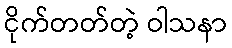
ငိုက်တတ်တဲ့ ဝါသနာ